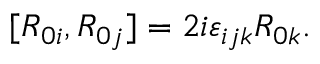
[ R _ { 0 i } , R _ { 0 j } ] = 2 i \varepsilon _ { i j k } R _ { 0 k } .